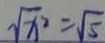
\sqrt { x ^ { 2 } } = \sqrt { 5 }